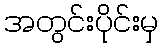
အတွင်းပိုင်းမှ